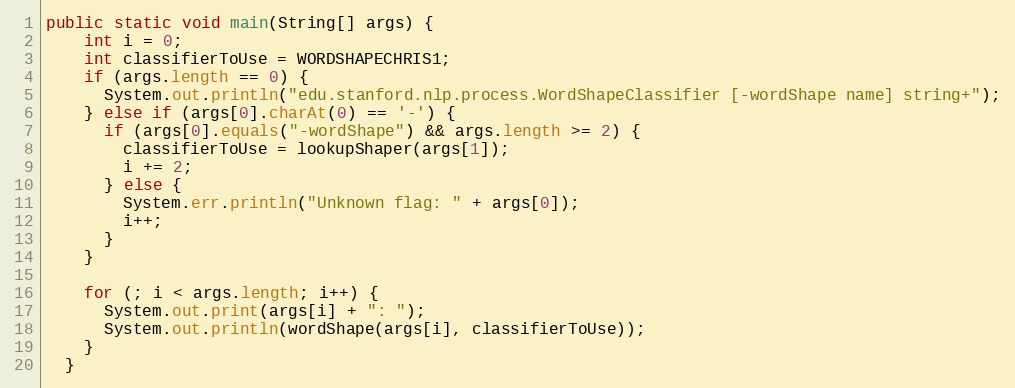
Language: Java
public static void main(String[] args) {
    int i = 0;
    int classifierToUse = WORDSHAPECHRIS1;
    if (args.length == 0) {
      System.out.println("edu.stanford.nlp.process.WordShapeClassifier [-wordShape name] string+");
    } else if (args[0].charAt(0) == '-') {
      if (args[0].equals("-wordShape") && args.length >= 2) {
        classifierToUse = lookupShaper(args[1]);
        i += 2;
      } else {
        System.err.println("Unknown flag: " + args[0]);
        i++;
      }
    }

    for (; i < args.length; i++) {
      System.out.print(args[i] + ": ");
      System.out.println(wordShape(args[i], classifierToUse));
    }
  }